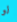
لو